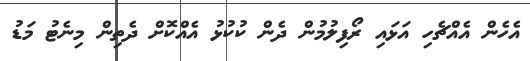
އެހެން އެއްޗެހި އަޅައި ރޯފިލުމުން ދެން ކުކުޅު އެއްކޮށް ދެތިން މިނެޓު މަޑު